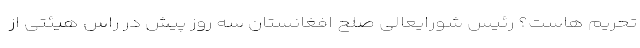
تحریم هاست؟ رئیس شورایعالی صلح افغانستان سه روز پیش در راس هیئتی از